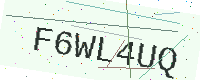
Text: F6WL4UQ